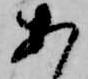
あ